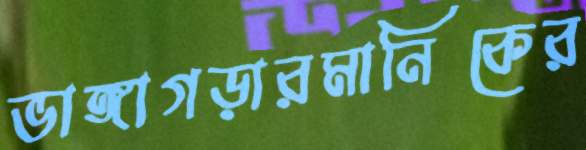
ভাঙ্গাগড়ারমানিকের